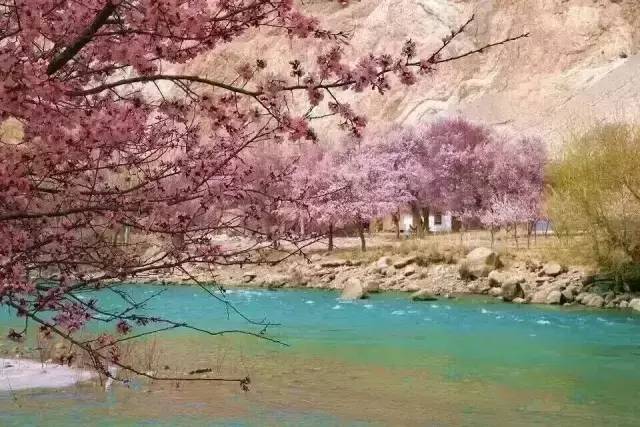
林外鸣鸠春雨歇，屋头初日杏花繁。